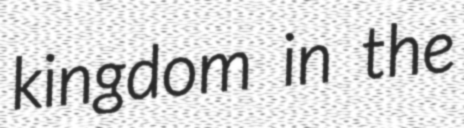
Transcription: kingdom in the